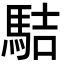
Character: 𩢴